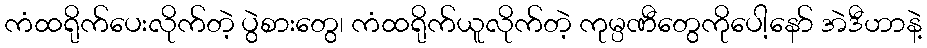
ကံထရိုက်ပေးလိုက်တဲ့ ပွဲစားတွေ၊ ကံထရိုက်ယူလိုက်တဲ့ ကုမ္ပဏီတွေကိုပေါ့နော် အဲဒီဟာနဲ့